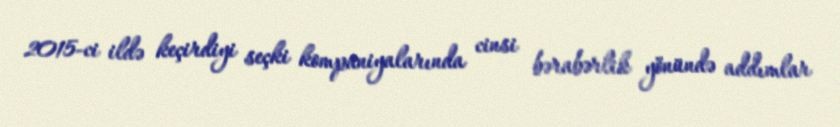
2015-ci ildə keçirdiyi seçki kompaniyalarında cinsi bərabərlik yönündə addımlar